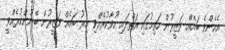
އެހެންވެ ބައެއް ވަޒީރުން ހަތިމުގައި އަތްލައި ހުވާކުރެއްވި އިރު ބައެއް ވަޒީރުން ބޭނުންކުރެއްވީ